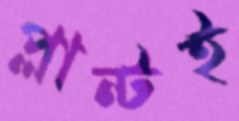
প্লান্টই